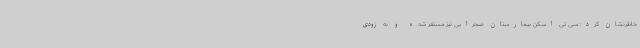
خاطرنشان کرد: سی تی اسکن بیمارستان صحرایی نیز مستقر شده و به زودی